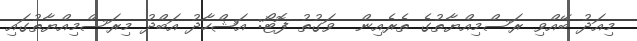
މިއަދު ބޭއްވި ރަސްމިއްޔާތުގެ ތެރެއިން  ވަގުތު ފޮޓޯ: އަޝްހާދު އަބްދު މިރަސްމިއްޔާތުގައި